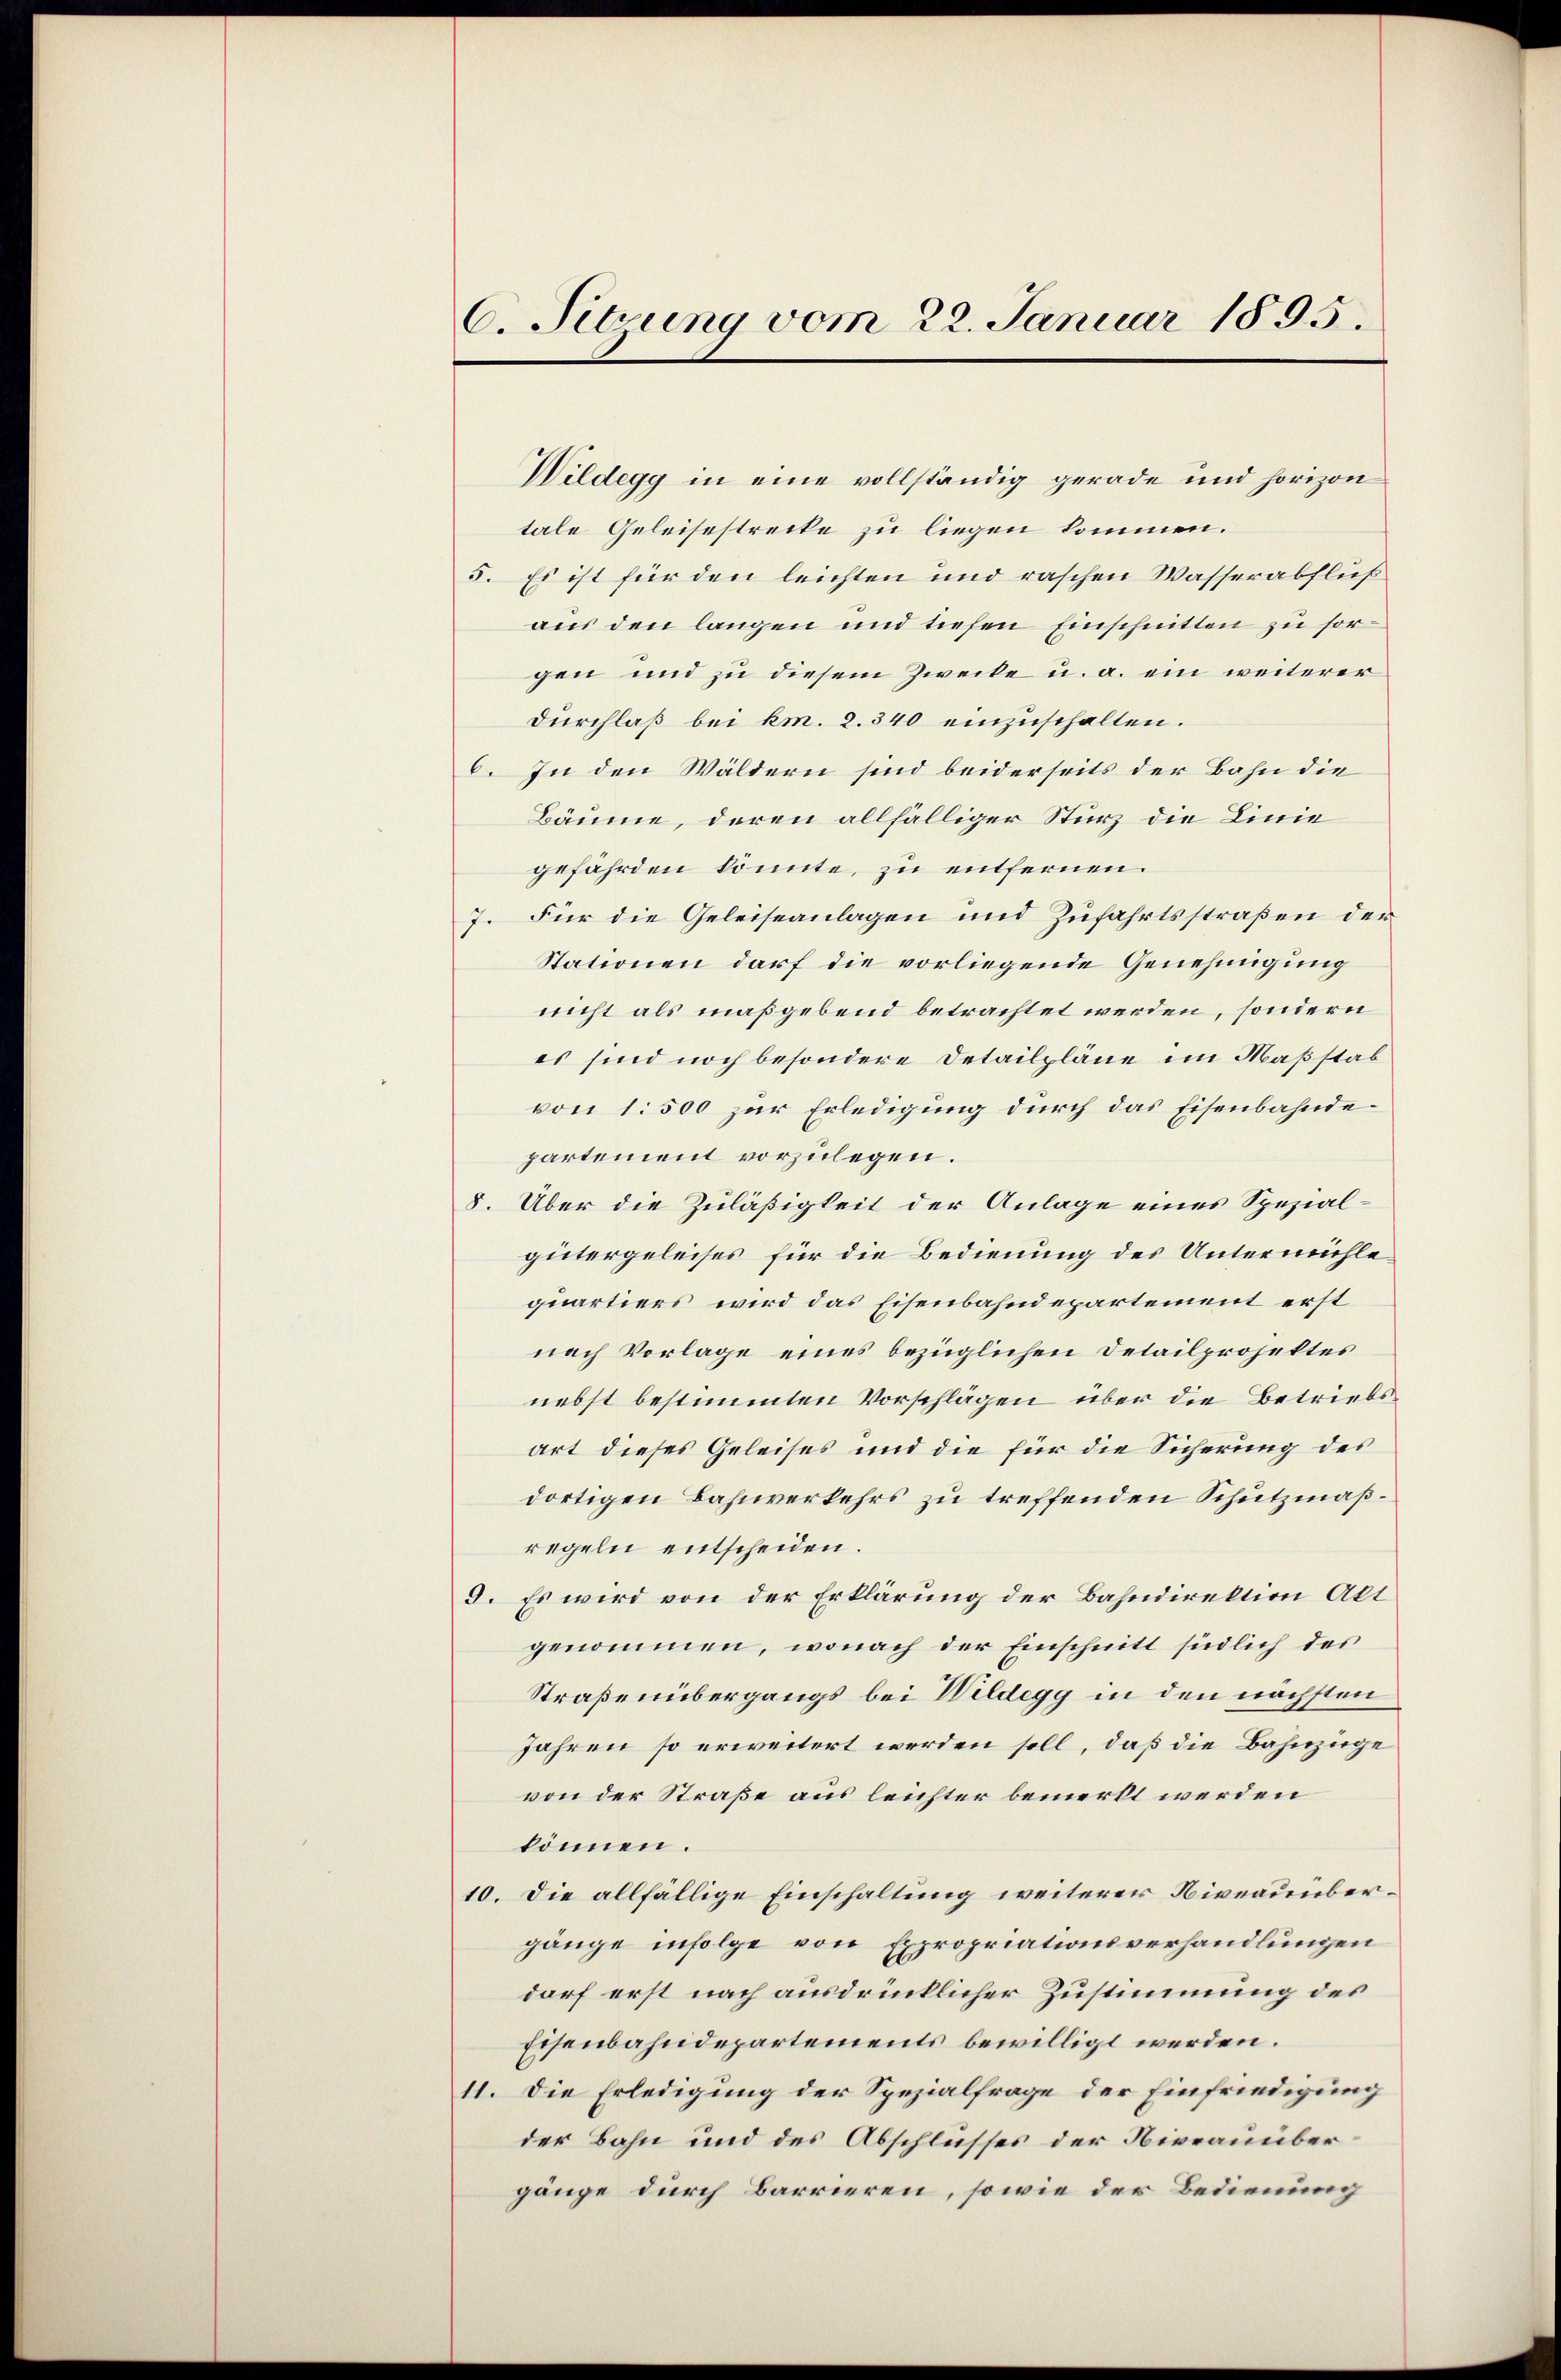
C. Sitzung vom 22. Januar 1895.

Wildegg in eine vollständig gerade und horizon
tale Geleisestrecke zu liegen kommen.
5. Es ist für den leichten und raschen Wasserabfluß
aus den langen und tiefen Einschnitten zu sorgen und zu diesem Zwecke u. a. ein weiterer
Durchlaß bei km. 2. 340 einzuschalten.
6. In den Wäldern sind beiderseits der Bahn die
Bäume, deren allfälliger Sturz die Linie
gefährden könnte, zu entfernen.
7. Für die Geleiseanlagen und Zufahrtsstraßen der
Stationen darf die vorliegende Genehmigung
nicht als maßgebend betrachtet werden, sondern
es sind noch besondere Detailpläne im Maßstab
von 1500 zur Erledigung durch das Eisenbahndepartement vorzulegen.
8. Über die Zuläßigkeit der Anlage eines Spezialgütergeleises für die Bedienung des Untermühlequartiers wird das Eisenbahndepartement erst
nach Vorlage eines bezüglichen Detailprojektes
nebst bestimmten Vorschlägen über die Betriebsart dieses Geleises und die für die Sicherung des
dortigen Bahnverkehrs zu treffenden Schutzmäßregeln entscheiden.
9. Es wird von der Erklärung der Bahndirektion Alt
genommen, wonach der Einschnitt südlich des
Straßenübergangs bei Wildegg in den nächsten
Jahren so erweitert werden soll, daß die Bahnzüge
von der Straße aus leichter bemerkt werden
können.
10. Die allfällige Einschaltung weiterer Niveauübergänge infolge von Expropriationsverhandlungen
dorf erst nach ausdrücklicher Zustimmung des
Eisenbahndepartements bewilligt werden.
11. Die Erledigung der Spezialfrage der Einfriedigung
der Bahn und des Abschlusses der Niveauübergänge durch Barrieren, sowie der Bedienung